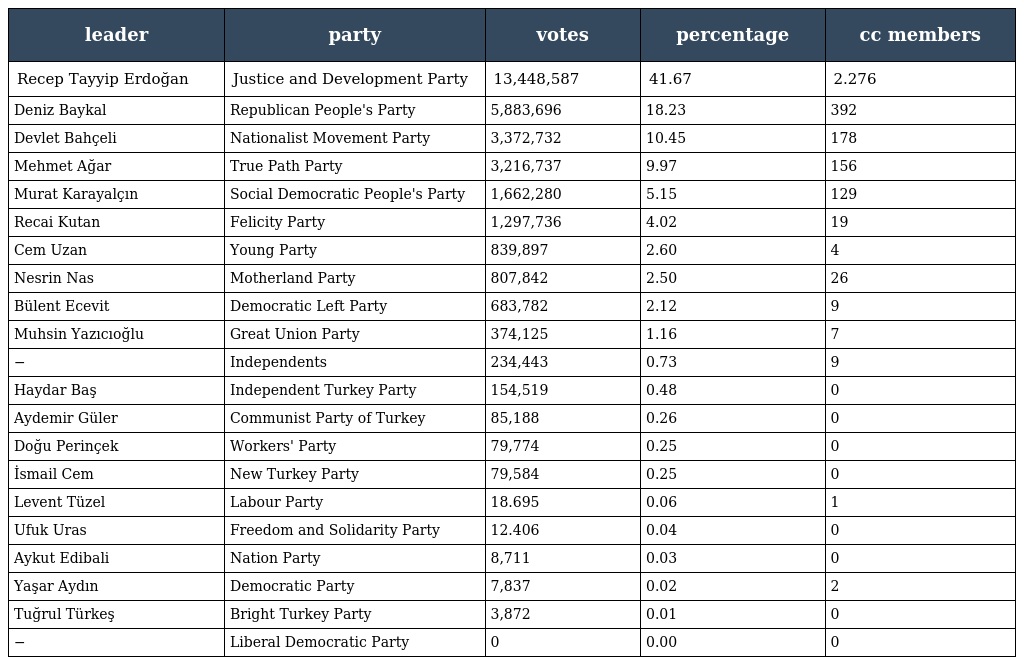
| leader | party | votes | percentage | cc members |
 | --- | --- | --- | --- | --- |
 | Recep Tayyip Erdoğan | Justice and Development Party | 13,448,587 | 41.67 | 2.276 |
 | Deniz Baykal | Republican People's Party | 5,883,696 | 18.23 | 392 |
 | Devlet Bahçeli | Nationalist Movement Party | 3,372,732 | 10.45 | 178 |
 | Mehmet Ağar | True Path Party | 3,216,737 | 9.97 | 156 |
 | Murat Karayalçın | Social Democratic People's Party | 1,662,280 | 5.15 | 129 |
 | Recai Kutan | Felicity Party | 1,297,736 | 4.02 | 19 |
 | Cem Uzan | Young Party | 839,897 | 2.60 | 4 |
 | Nesrin Nas | Motherland Party | 807,842 | 2.50 | 26 |
 | Bülent Ecevit | Democratic Left Party | 683,782 | 2.12 | 9 |
 | Muhsin Yazıcıoğlu | Great Union Party | 374,125 | 1.16 | 7 |
 | − | Independents | 234,443 | 0.73 | 9 |
 | Haydar Baş | Independent Turkey Party | 154,519 | 0.48 | 0 |
 | Aydemir Güler | Communist Party of Turkey | 85,188 | 0.26 | 0 |
 | Doğu Perinçek | Workers' Party | 79,774 | 0.25 | 0 |
 | İsmail Cem | New Turkey Party | 79,584 | 0.25 | 0 |
 | Levent Tüzel | Labour Party | 18.695 | 0.06 | 1 |
 | Ufuk Uras | Freedom and Solidarity Party | 12.406 | 0.04 | 0 |
 | Aykut Edibali | Nation Party | 8,711 | 0.03 | 0 |
 | Yaşar Aydın | Democratic Party | 7,837 | 0.02 | 2 |
 | Tuğrul Türkeş | Bright Turkey Party | 3,872 | 0.01 | 0 |
 | − | Liberal Democratic Party | 0 | 0.00 | 0 |